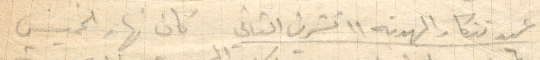
عيد تذكار الهدنة ١١ تشرين الثاني كان نهار الخميس